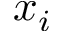
x _ { i }